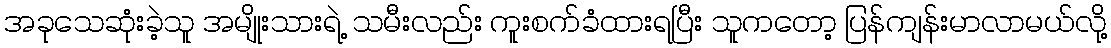
အခုသေဆုံးခဲ့သူ အမျိုးသားရဲ့ သမီးလည်း ကူးစက်ခံထားရပြီး သူကတော့ ပြန်ကျန်းမာလာမယ်လို့